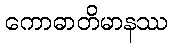
ကောဓာတိမာနဿ